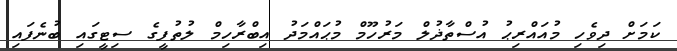
ކަމަށް ދިވެހި މުއައްރިޙު އުސްތާޛުލް މަރުހޫމް މުޙައްމަދު އިބްރާހިމް ލުތުފީގެ ސިޓީގައި ބުނެފައި